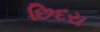
છિદરા